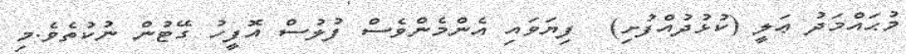
މުޙައްމަދު ޢަލީ (ކުޅުދުއްފުށި)  ފިޔަވައި އެންމެންވެސް ފުލުސް އޮފީހު ގޭޓުން ނުކުތެވެ.މި